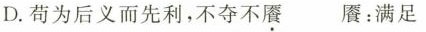
D.苟为后义而先利，不夺不餍 餍：满足